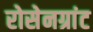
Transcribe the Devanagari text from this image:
रोसेनग्रांट